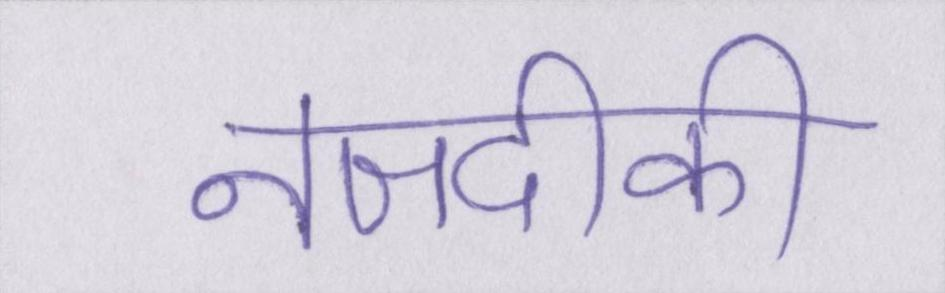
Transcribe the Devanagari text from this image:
नजदीकी